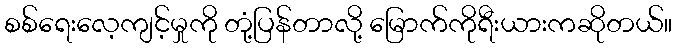
စစ်ရေးလေ့ကျင့်မှုကို တုံ့ပြန်တာလို့ မြောက်ကိုရီးယားကဆိုတယ်။